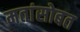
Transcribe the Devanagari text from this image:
मतांसोबत